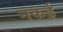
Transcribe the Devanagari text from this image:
नकई